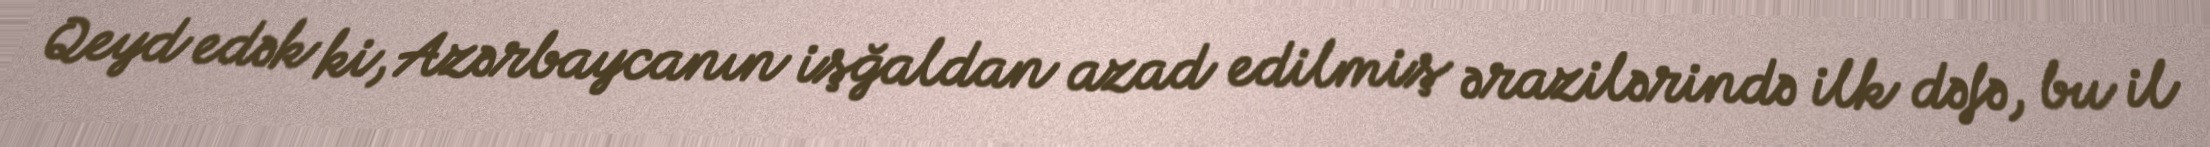
Qeyd edək ki, Azərbaycanın işğaldan azad edilmiş ərazilərində ilk dəfə, bu il